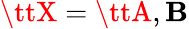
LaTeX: {\ttX}={\ttA},{\tt\mathbf{B}}